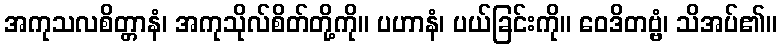
အကုသလစိတ္တာနံ၊ အကုသိုလ်စိတ်တို့ကို။ ပဟာနံ၊ ပယ်ခြင်းကို။ ဝေဒိတဗ္ဗံ၊ သိအပ်၏။